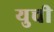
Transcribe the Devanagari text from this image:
युची